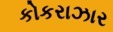
કોકરાઝાર